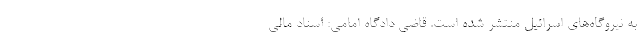
به نیروگاه‌های اسرائیل منتشر شده است. قاضی دادگاه امامی: اسناد مالی